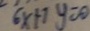
6 x + 1 y = 0